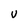
Character: v